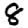
Digit: 8